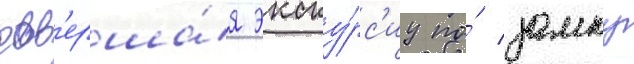
сов'ерша́я экску́рс'иу по́ замку